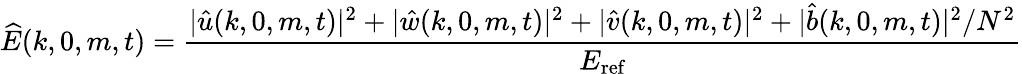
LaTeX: \widehat{E}(k,0,m,t)=\frac{|\hat{u}(k,0,m,t)|^{2}+|\hat{w}(k,0,m,t)|^{2}+|\hat{v}(k,0,m,t)|^{2}+|\hat{b}(k,0,m,t)|^{2}/N^{2}}{E_{\textnormal{ref}}}